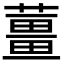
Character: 薑